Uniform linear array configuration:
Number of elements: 4
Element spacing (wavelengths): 0.25
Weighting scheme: kaiser
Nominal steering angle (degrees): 60
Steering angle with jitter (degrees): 58.009
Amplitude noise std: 0.05
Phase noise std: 0.05

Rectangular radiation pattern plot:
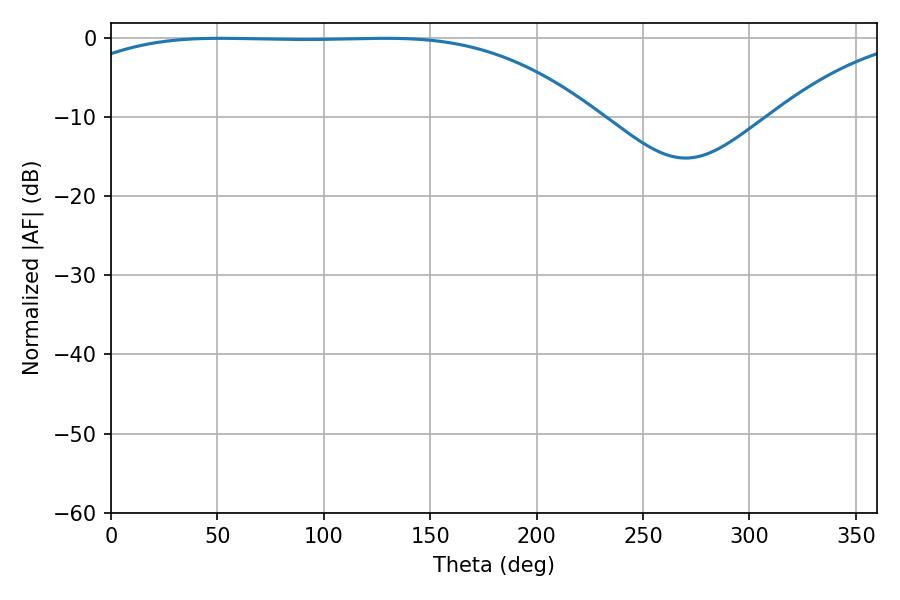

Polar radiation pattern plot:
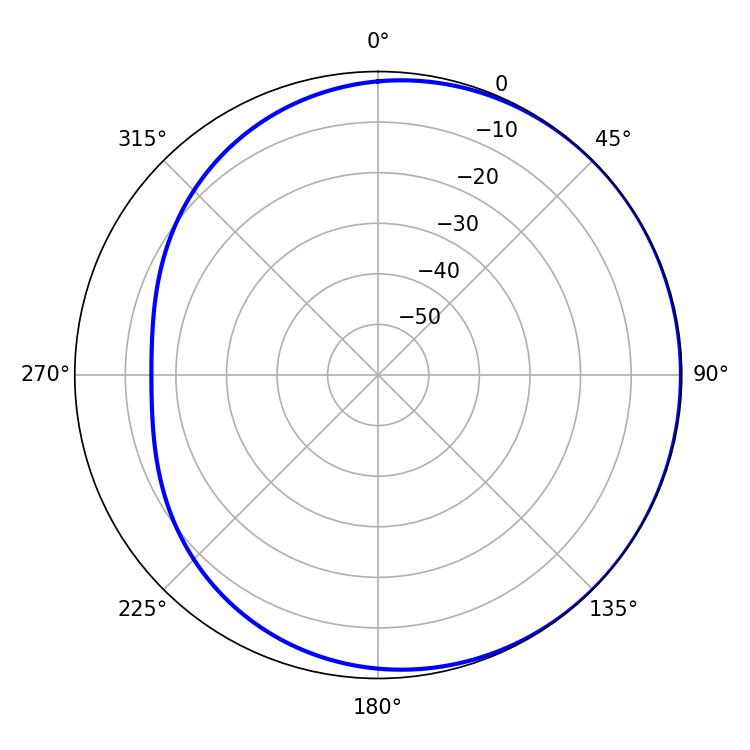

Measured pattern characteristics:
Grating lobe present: FALSE
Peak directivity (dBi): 0.7515
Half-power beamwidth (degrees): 190.26
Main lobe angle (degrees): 51.3